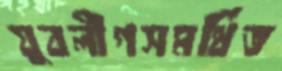
যুবলীগসমর্থিত